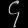
Digit: ၄